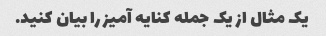
یک مثال از یک جمله کنایه آمیز را بیان کنید.